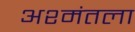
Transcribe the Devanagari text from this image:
अश्मंतला